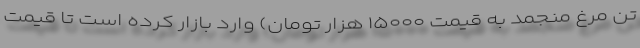
تن مرغ منجمد به قیمت ۱۵۰۰۰ هزار تومان) وارد بازار کرده است تا قیمت